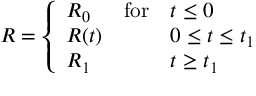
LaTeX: R = \left\{ \begin{array} { l l l } { { R _ { 0 } } } & { { \mathrm { f o r } } } & { { t \leq 0 } } \\ { { R ( t ) } } & { { } } & { { 0 \leq t \leq t _ { 1 } } } \\ { { R _ { 1 } } } & { { } } & { { t \geq t _ { 1 } } } \end{array} \right.